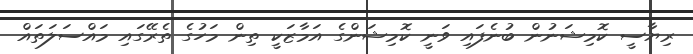
ރިޔާސީ ކޮމިޝަނުން ބުނެފައި ވަނީ ކޮމިޝަންގެ އަމާޒަކީ ތިން މަހުގެ ތެރޭގައި މައްސަލަތައް